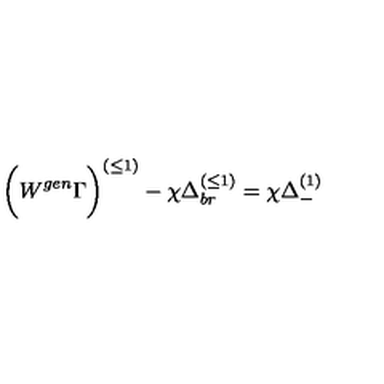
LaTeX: \biggl ( W ^ { g e n } \Gamma \biggr ) ^ { ( \leq 1 ) } - \chi \Delta _ { b r } ^ { ( \leq 1 ) } = \chi \Delta _ { - } ^ { ( 1 ) }